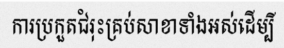
ការប្រកួតជំរុះគ្រប់សាខាទាំងអស់ដើម្បី